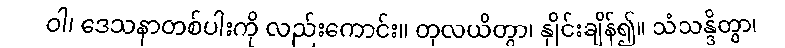
ဝါ၊ ဒေသနာတစ်ပါးကို လည်းကောင်း။ တုလယိတွာ၊ နှိုင်းချိန်၍။ သံသန္ဒိတွာ၊